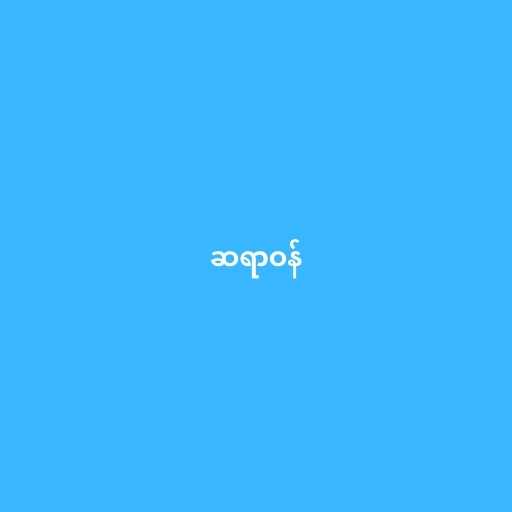
ဆရာဝန်